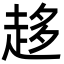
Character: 趍